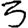
Digit: 3